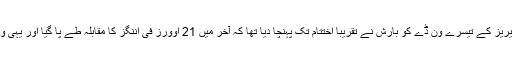
کوئنزٹاؤن میں دنیا کے خوبصورت ترین میدانوں میں سے ایک میں ہونے والے سیریز کے تیسرے ون ڈے کو بارش نے تقریباً اختتام تک پہنچا دیا تھا کہ آخر میں 21 اوورز فی اننگز کا مقابلہ طے پا گیا اور یہی وہ لمحہ تھا جس سے لگا کہ قسمت اس میدان کو ایک تاریخی حیثیت دینا چاہتی ہے۔